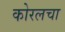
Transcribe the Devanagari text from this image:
कोरलचा